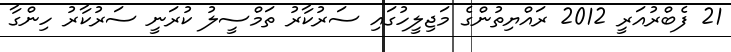
21 ފެބްރުއަރީ 2012 ރައްޔިތުންގެ މަޖިލީހުގައި ސަރުކާރު ތަމްސީލު ކުރަނީ ސަރުކާރު ހިންގާ